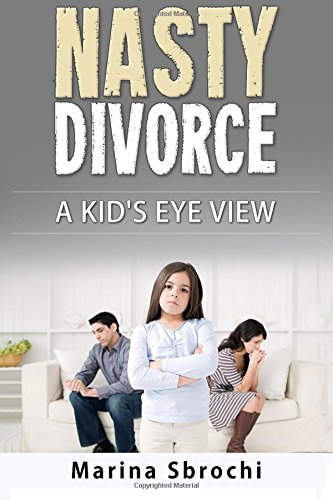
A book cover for Nasty Divorce: A Kid's Eye View; Marina Sbrochi; Parenting & Relationships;